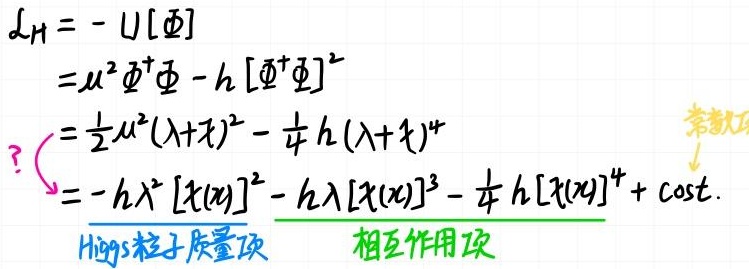
Higgs粒子质量项  相互作用项
\[\begin{align*}
\mathcal{L}_H&=-U[\Phi]\\
&=\mu^2\Phi^+\Phi - h [\Phi^+\Phi]^2\\
&=\frac{1}{2}\mu^2(\lambda + \chi)^2-\frac{1}{4}h(\lambda+\chi)^4\\
&=-h\lambda^2[\chi(x)]^2 - h\lambda[\chi(x)]^3-\frac{1}{4}h[\chi(x)]^4+\text{cost.}
\end{align*}\]